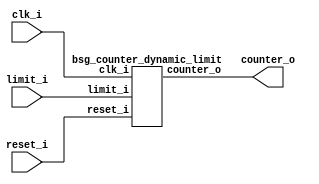


module top
(
  clk_i,
  reset_i,
  limit_i,
  counter_o
);

  input [15:0] limit_i;
  output [15:0] counter_o;
  input clk_i;
  input reset_i;

  bsg_counter_dynamic_limit
  wrapper
  (
    .limit_i(limit_i),
    .counter_o(counter_o),
    .clk_i(clk_i),
    .reset_i(reset_i)
  );


endmodule



module bsg_counter_dynamic_limit
(
  clk_i,
  reset_i,
  limit_i,
  counter_o
);

  input [15:0] limit_i;
  output [15:0] counter_o;
  input clk_i;
  input reset_i;
  wire [15:0] counter_o;
  wire N0,N1,N3,N4,N5,N6,N7,N8,N9,N10,N11,N12,N13,N14,N15,N16,N17,N18,N19,N20,N21,N22,
  N23,N24,N25,N26,N27,N28,N29,N30,N31,N32,N33,N34,N35,N36,N2;
  reg counter_o_15_sv2v_reg,counter_o_14_sv2v_reg,counter_o_13_sv2v_reg,
  counter_o_12_sv2v_reg,counter_o_11_sv2v_reg,counter_o_10_sv2v_reg,counter_o_9_sv2v_reg,
  counter_o_8_sv2v_reg,counter_o_7_sv2v_reg,counter_o_6_sv2v_reg,counter_o_5_sv2v_reg,
  counter_o_4_sv2v_reg,counter_o_3_sv2v_reg,counter_o_2_sv2v_reg,
  counter_o_1_sv2v_reg,counter_o_0_sv2v_reg;
  assign counter_o[15] = counter_o_15_sv2v_reg;
  assign counter_o[14] = counter_o_14_sv2v_reg;
  assign counter_o[13] = counter_o_13_sv2v_reg;
  assign counter_o[12] = counter_o_12_sv2v_reg;
  assign counter_o[11] = counter_o_11_sv2v_reg;
  assign counter_o[10] = counter_o_10_sv2v_reg;
  assign counter_o[9] = counter_o_9_sv2v_reg;
  assign counter_o[8] = counter_o_8_sv2v_reg;
  assign counter_o[7] = counter_o_7_sv2v_reg;
  assign counter_o[6] = counter_o_6_sv2v_reg;
  assign counter_o[5] = counter_o_5_sv2v_reg;
  assign counter_o[4] = counter_o_4_sv2v_reg;
  assign counter_o[3] = counter_o_3_sv2v_reg;
  assign counter_o[2] = counter_o_2_sv2v_reg;
  assign counter_o[1] = counter_o_1_sv2v_reg;
  assign counter_o[0] = counter_o_0_sv2v_reg;
  assign N1 = counter_o == limit_i;
  assign { N20, N19, N18, N17, N16, N15, N14, N13, N12, N11, N10, N9, N8, N7, N6, N5 } = counter_o + 1'b1;
  assign { N36, N35, N34, N33, N32, N31, N30, N29, N28, N27, N26, N25, N24, N23, N22, N21 } = (N0)? { 1'b0, 1'b0, 1'b0, 1'b0, 1'b0, 1'b0, 1'b0, 1'b0, 1'b0, 1'b0, 1'b0, 1'b0, 1'b0, 1'b0, 1'b0, 1'b0 } : 
                                                                                              (N2)? { N20, N19, N18, N17, N16, N15, N14, N13, N12, N11, N10, N9, N8, N7, N6, N5 } : 1'b0;
  assign N0 = N1;
  assign N3 = N1 | reset_i;
  assign N4 = ~N3;
  assign N2 = ~N1;

  always @(posedge clk_i) begin
    if(reset_i) begin
      counter_o_15_sv2v_reg <= 1'b0;
      counter_o_14_sv2v_reg <= 1'b0;
      counter_o_13_sv2v_reg <= 1'b0;
      counter_o_12_sv2v_reg <= 1'b0;
      counter_o_11_sv2v_reg <= 1'b0;
      counter_o_10_sv2v_reg <= 1'b0;
      counter_o_9_sv2v_reg <= 1'b0;
      counter_o_8_sv2v_reg <= 1'b0;
      counter_o_7_sv2v_reg <= 1'b0;
      counter_o_6_sv2v_reg <= 1'b0;
      counter_o_5_sv2v_reg <= 1'b0;
      counter_o_4_sv2v_reg <= 1'b0;
      counter_o_3_sv2v_reg <= 1'b0;
      counter_o_2_sv2v_reg <= 1'b0;
      counter_o_1_sv2v_reg <= 1'b0;
      counter_o_0_sv2v_reg <= 1'b0;
    end else if(1'b1) begin
      counter_o_15_sv2v_reg <= N36;
      counter_o_14_sv2v_reg <= N35;
      counter_o_13_sv2v_reg <= N34;
      counter_o_12_sv2v_reg <= N33;
      counter_o_11_sv2v_reg <= N32;
      counter_o_10_sv2v_reg <= N31;
      counter_o_9_sv2v_reg <= N30;
      counter_o_8_sv2v_reg <= N29;
      counter_o_7_sv2v_reg <= N28;
      counter_o_6_sv2v_reg <= N27;
      counter_o_5_sv2v_reg <= N26;
      counter_o_4_sv2v_reg <= N25;
      counter_o_3_sv2v_reg <= N24;
      counter_o_2_sv2v_reg <= N23;
      counter_o_1_sv2v_reg <= N22;
      counter_o_0_sv2v_reg <= N21;
    end 
  end


endmodule